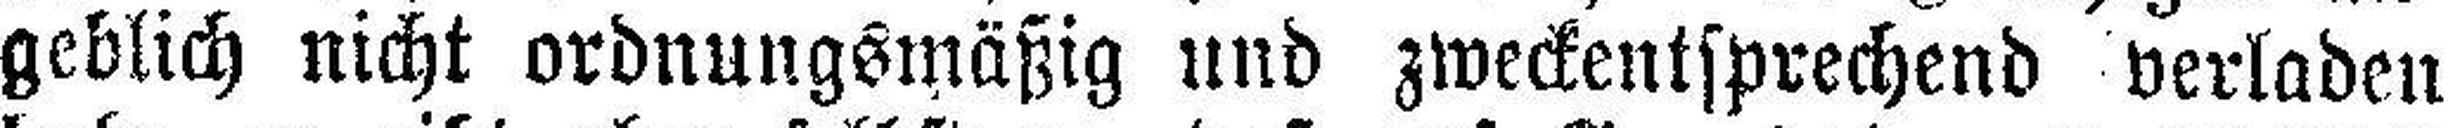
geblich nicht ordnungsmäßig und zweckentsprechend verladen